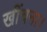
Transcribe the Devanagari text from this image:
खींचना।